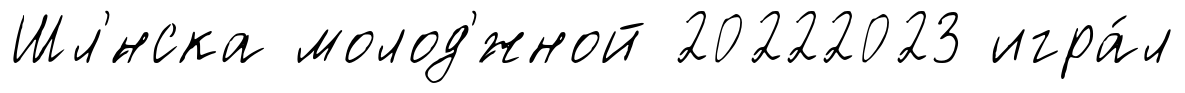
Шл'́нска молод'́жной 20222023 игра́л